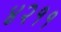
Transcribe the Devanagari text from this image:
४२११